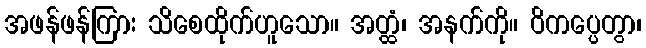
အဖန်ဖန်ကြား သိစေထိုက်ဟူသော။ အတ္ထံ၊ အနက်ကို။ ဝိကပ္ပေတွာ၊